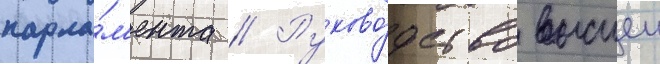
парла́м'ента // Руково́дство высшеи